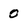
Character: 0